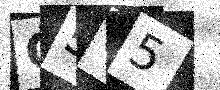
Text: G5C5